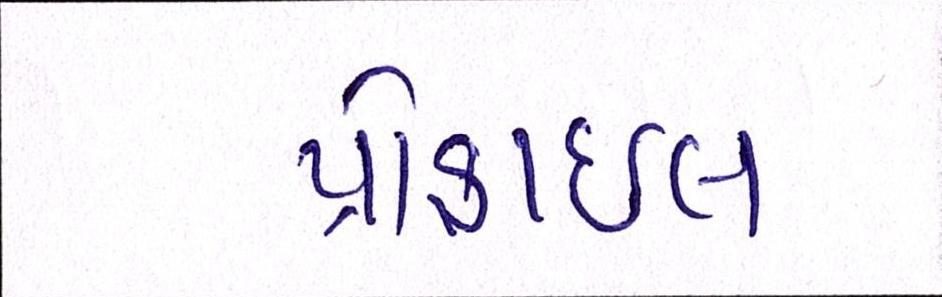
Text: પ્રોફાઇલ